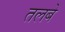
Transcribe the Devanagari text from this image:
तलबे